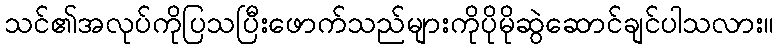
သင်၏အလုပ်ကိုပြသပြီးဖောက်သည်များကိုပိုမိုဆွဲဆောင်ချင်ပါသလား။